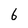
Character: 6